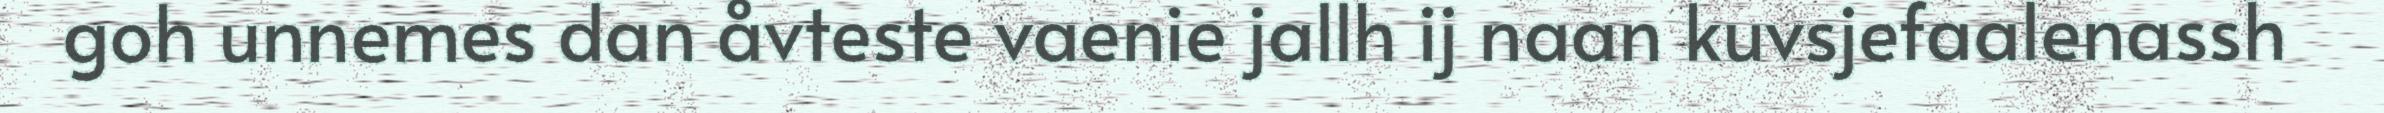
goh unnemes dan åvteste vaenie jallh ij naan kuvsjefaalenassh